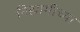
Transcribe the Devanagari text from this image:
निझामीच्या